Report on horse surra - Volume II, Part II
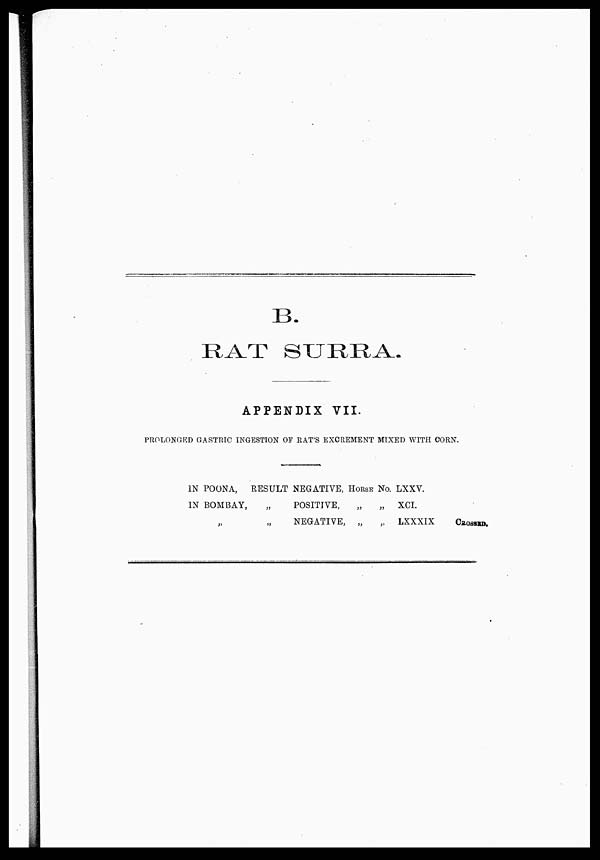
B.
RAT SURRA.
APPENDIX VII.
PROLONGED GASTRIC INGESTION OF RAT'S EXCREMENT MIXED WITH CORN.
IN POONA,
IN BOMBAY,
„
RESULT
„
„
NEGATIVE,
POSITIVE,
NEGATIVE,
HORSE
„
„
No.
„
„
LXXV.
XCI.
LXXXIX
CROSSED.